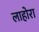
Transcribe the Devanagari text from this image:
लाहोरा